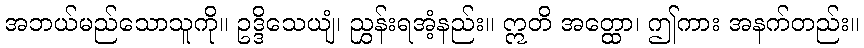
အဘယ်မည်သောသူကို။ ဥဒ္ဒိသေယျံ၊ ညွှန်းရအံ့နည်း။ ဣတိ အတ္ထော၊ ဤကား အနက်တည်း။